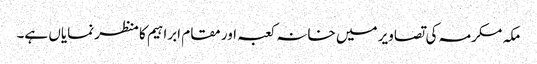
مکہ مکرمہ کی تصاویر میں خانہ کعبہ اور مقام ابراہیم کا منظر نمایاں ہے۔